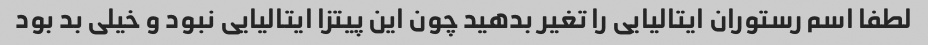
لطفا اسم رستوران ایتالیایی را تغیر بدهید چون این پیتزا ایتالیایی نبود و خیلی بد بود